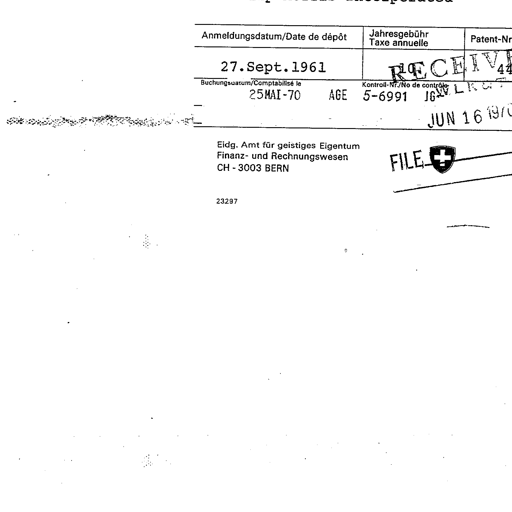
Anmeldungsdatum/Date de dépôt Jahresgebühr
Taxe annuelle Patent-Nr
27.Sept.1961 RECEIVED
Buchungsdatum/Comptabilisé le Kontroll-Nr./No de contrôle
25MAI-70 AGE 5-6991 16. JUN. 1970
Eidg. Amt für geistiges Eigentum
Finanz- und Rechnungswesen FILE
CH-3003 BERN
23297